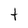
Character: t